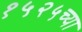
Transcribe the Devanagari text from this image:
१५२५च्या